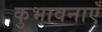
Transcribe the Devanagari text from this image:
कुभावनाएँ